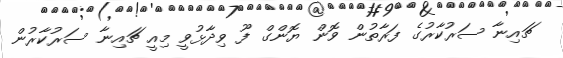
ޗައިނާ ސަރުކާރުގެ ފަރާތުން ވޮން ޔޮންގް ފޫ ވިދާޅުވީ މިއީ ޗައިނާ ސަރުކާރުން